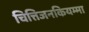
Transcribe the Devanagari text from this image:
चित्तिजनकियम्मा